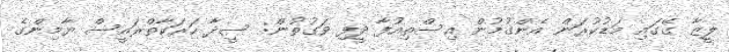
ލީޒާ ގޭގައި މަޑުކުރަން އެންގުމުން އިސްތިއުފާ ދީފި ވަގުތުން: ސީދާ ހަރަކާތްރައީސް ޔާމިންގެ